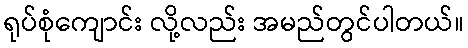
ရုပ်စုံကျောင်း လို့လည်း အမည်တွင်ပါတယ်။